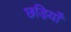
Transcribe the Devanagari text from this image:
छड़ियाँ